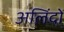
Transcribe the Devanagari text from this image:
अलिंदों